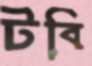
টবি